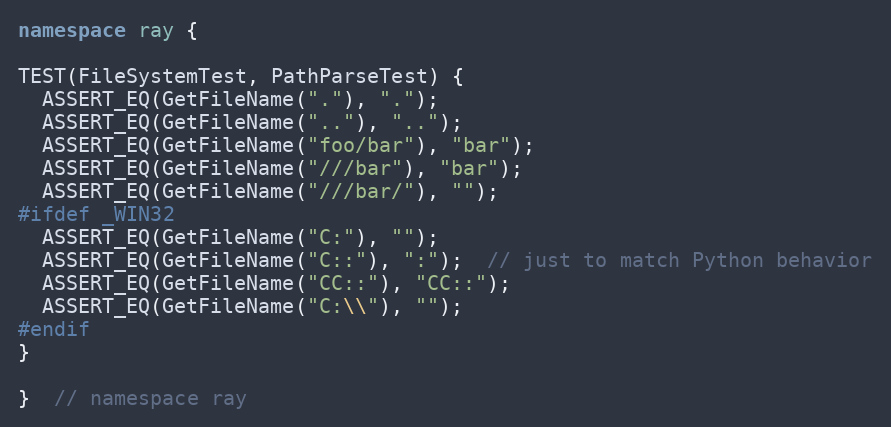
Language: C++
namespace ray {

TEST(FileSystemTest, PathParseTest) {
  ASSERT_EQ(GetFileName("."), ".");
  ASSERT_EQ(GetFileName(".."), "..");
  ASSERT_EQ(GetFileName("foo/bar"), "bar");
  ASSERT_EQ(GetFileName("///bar"), "bar");
  ASSERT_EQ(GetFileName("///bar/"), "");
#ifdef _WIN32
  ASSERT_EQ(GetFileName("C:"), "");
  ASSERT_EQ(GetFileName("C::"), ":");  // just to match Python behavior
  ASSERT_EQ(GetFileName("CC::"), "CC::");
  ASSERT_EQ(GetFileName("C:\\"), "");
#endif
}

}  // namespace ray